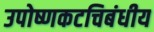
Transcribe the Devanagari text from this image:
उपोष्णकटचिबंधीय